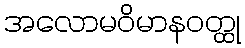
အလောမဝိမာနဝတ္ထု